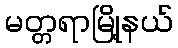
မတ္တရာမြို့နယ်